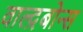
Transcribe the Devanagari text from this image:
वाल्द्रबोन्स